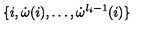
\{ i , \dot { \omega } ( i ) , \ldots , \dot { \omega } ^ { l _ { i } - 1 } ( i ) \}